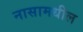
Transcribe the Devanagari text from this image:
नासामधील